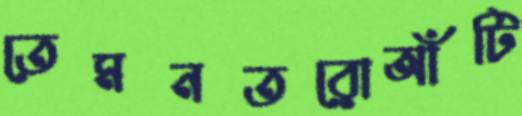
তেমনতরোআঁটি